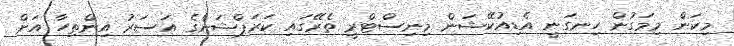
މިކަން މިމަގުން ހިނގަނީ އެޑިއުކޭޝަން މިނިސްޓްރީ ތެރޭގައި ކަރަޕްޝަންގެ އަސަރު އިންތިހާ އަށް